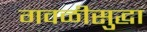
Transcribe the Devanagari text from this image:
गवळीसुद्धा